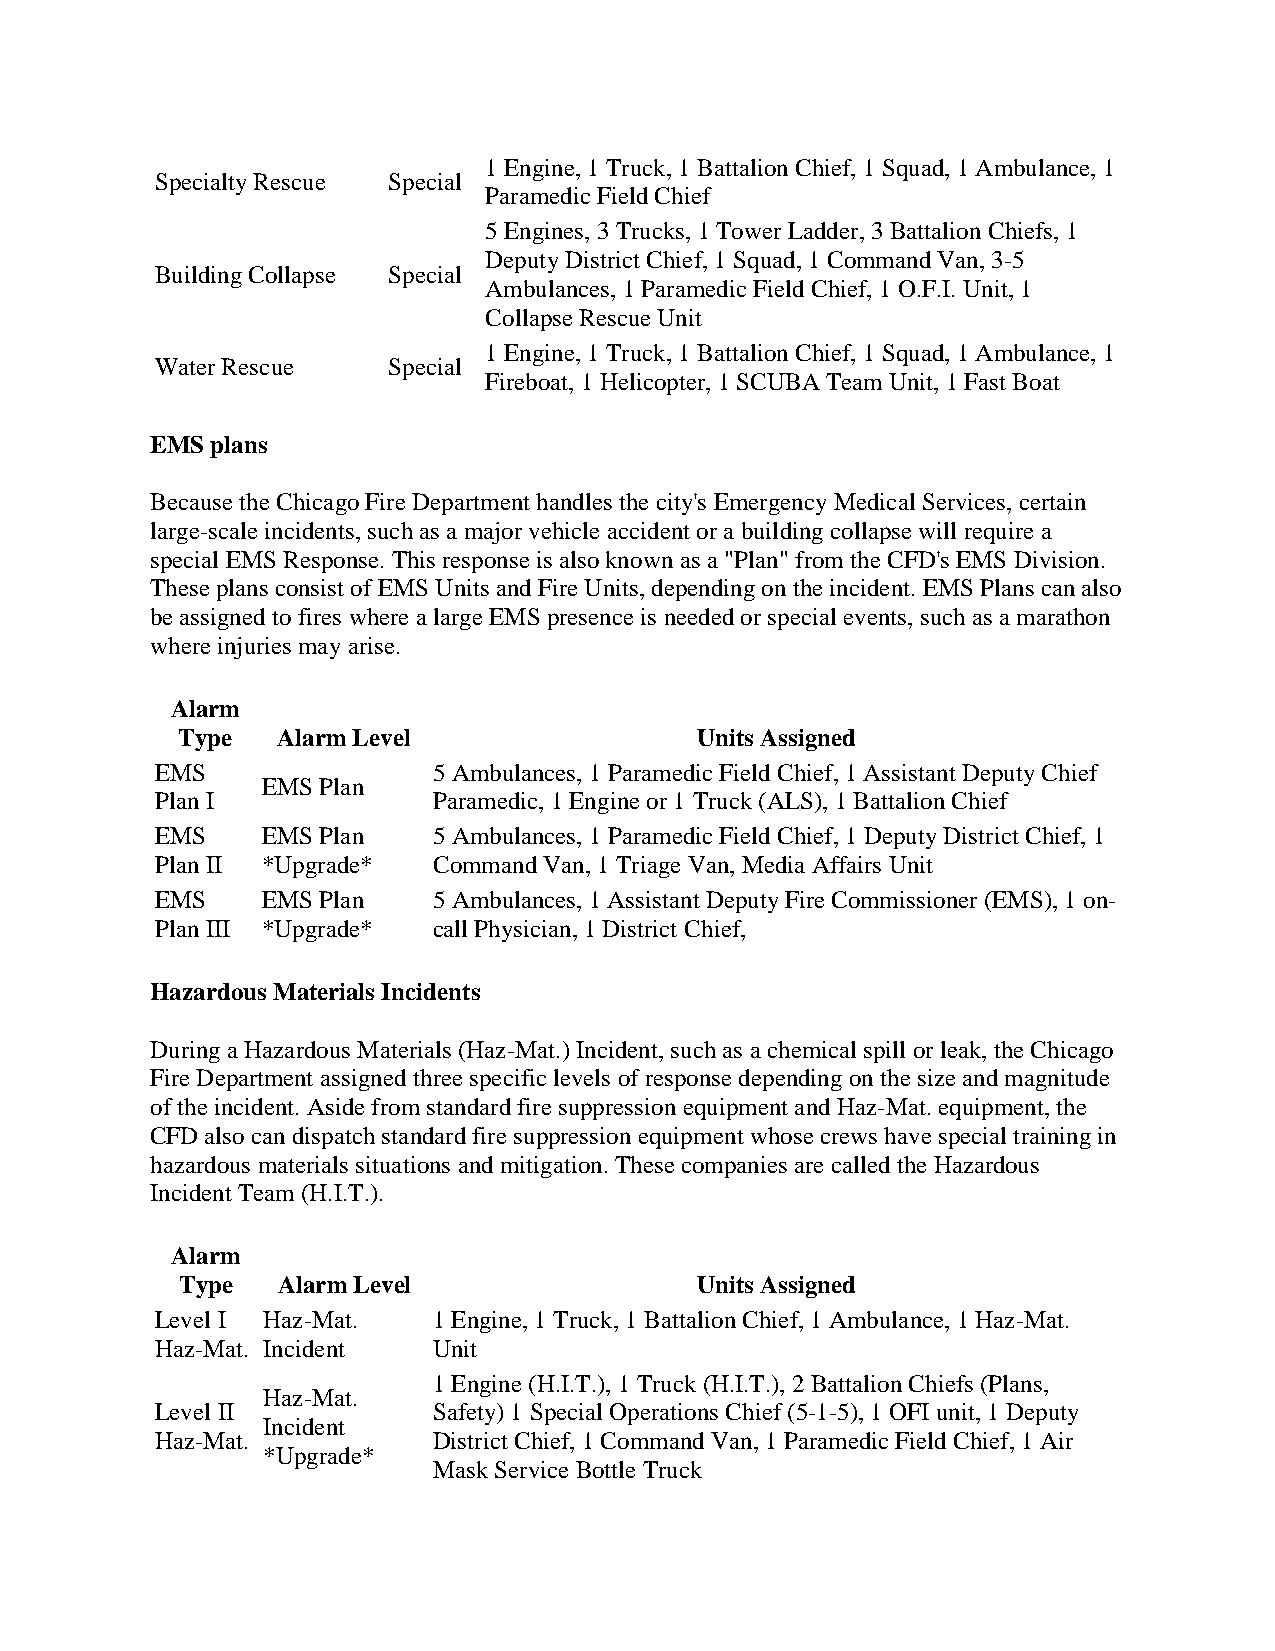
1 Engine, 1 Truck, 1 Battalion Chief, 1 Squad, 1 Ambulance, 1
 Specialty Rescue Special
 Paramedic Field Chief
 5 Engines, 3 Trucks, 1 Tower Ladder, 3 Battalion Chiefs, 1
 Deputy District Chief, 1 Squad, 1 Command Van, 3-5
 Building Collapse Special
 Ambulances, 1 Paramedic Field Chief, 1 O.F.I. Unit, 1
 Collapse Rescue Unit
 1 Engine, 1 Truck, 1 Battalion Chief, 1 Squad, 1 Ambulance, 1
 Water Rescue    Special
 Fireboat, 1 Helicopter, 1 SCUBA Team Unit, 1 Fast Boat
 EMS plans
 Because the Chicago Fire Department handles the city's Emergency Medical Services, certain
 large-scale incidents, such as a major vehicle accident or a building collapse will require a
 special EMS Response. This response is also known as a "Plan" from the CFD's EMS Division.
 These plans consist of EMS Units and Fire Units, depending on the incident. EMS Plans can also
 be assigned to fires where a large EMS presence is needed or special events, such as a marathon
 where injuries may arise.
 Alarm
 Type  Alarm Level                 Units Assigned
 EMS                5 Ambulances, 1 Paramedic Field Chief, 1 Assistant Deputy Chief
 EMS Plan
 Plan I             Paramedic, 1 Engine or 1 Truck (ALS), 1 Battalion Chief
 EMS    EMS Plan    5 Ambulances, 1 Paramedic Field Chief, 1 Deputy District Chief, 1
 Plan II *Upgrade*  Command Van, 1 Triage Van, Media Affairs Unit
 EMS    EMS Plan    5 Ambulances, 1 Assistant Deputy Fire Commissioner (EMS), 1 on-
 Plan III *Upgrade* call Physician, 1 District Chief,
 Hazardous Materials Incidents
 During a Hazardous Materials (Haz-Mat.) Incident, such as a chemical spill or leak, the Chicago
 Fire Department assigned three specific levels of response depending on the size and magnitude
 of the incident. Aside from standard fire suppression equipment and Haz-Mat. equipment, the
 CFD also can dispatch standard fire suppression equipment whose crews have special training in
 hazardous materials situations and mitigation. These companies are called the Hazardous
 Incident Team (H.I.T.).
 Alarm
 Type  Alarm Level                 Units Assigned
 Level I Haz-Mat.   1 Engine, 1 Truck, 1 Battalion Chief, 1 Ambulance, 1 Haz-Mat.
 Haz-Mat. Incident  Unit
 1 Engine (H.I.T.), 1 Truck (H.I.T.), 2 Battalion Chiefs (Plans,
 Haz-Mat.
 Level II           Safety) 1 Special Operations Chief (5-1-5), 1 OFI unit, 1 Deputy
 Incident
 Haz-Mat.           District Chief, 1 Command Van, 1 Paramedic Field Chief, 1 Air
 *Upgrade*
 Mask Service Bottle Truck